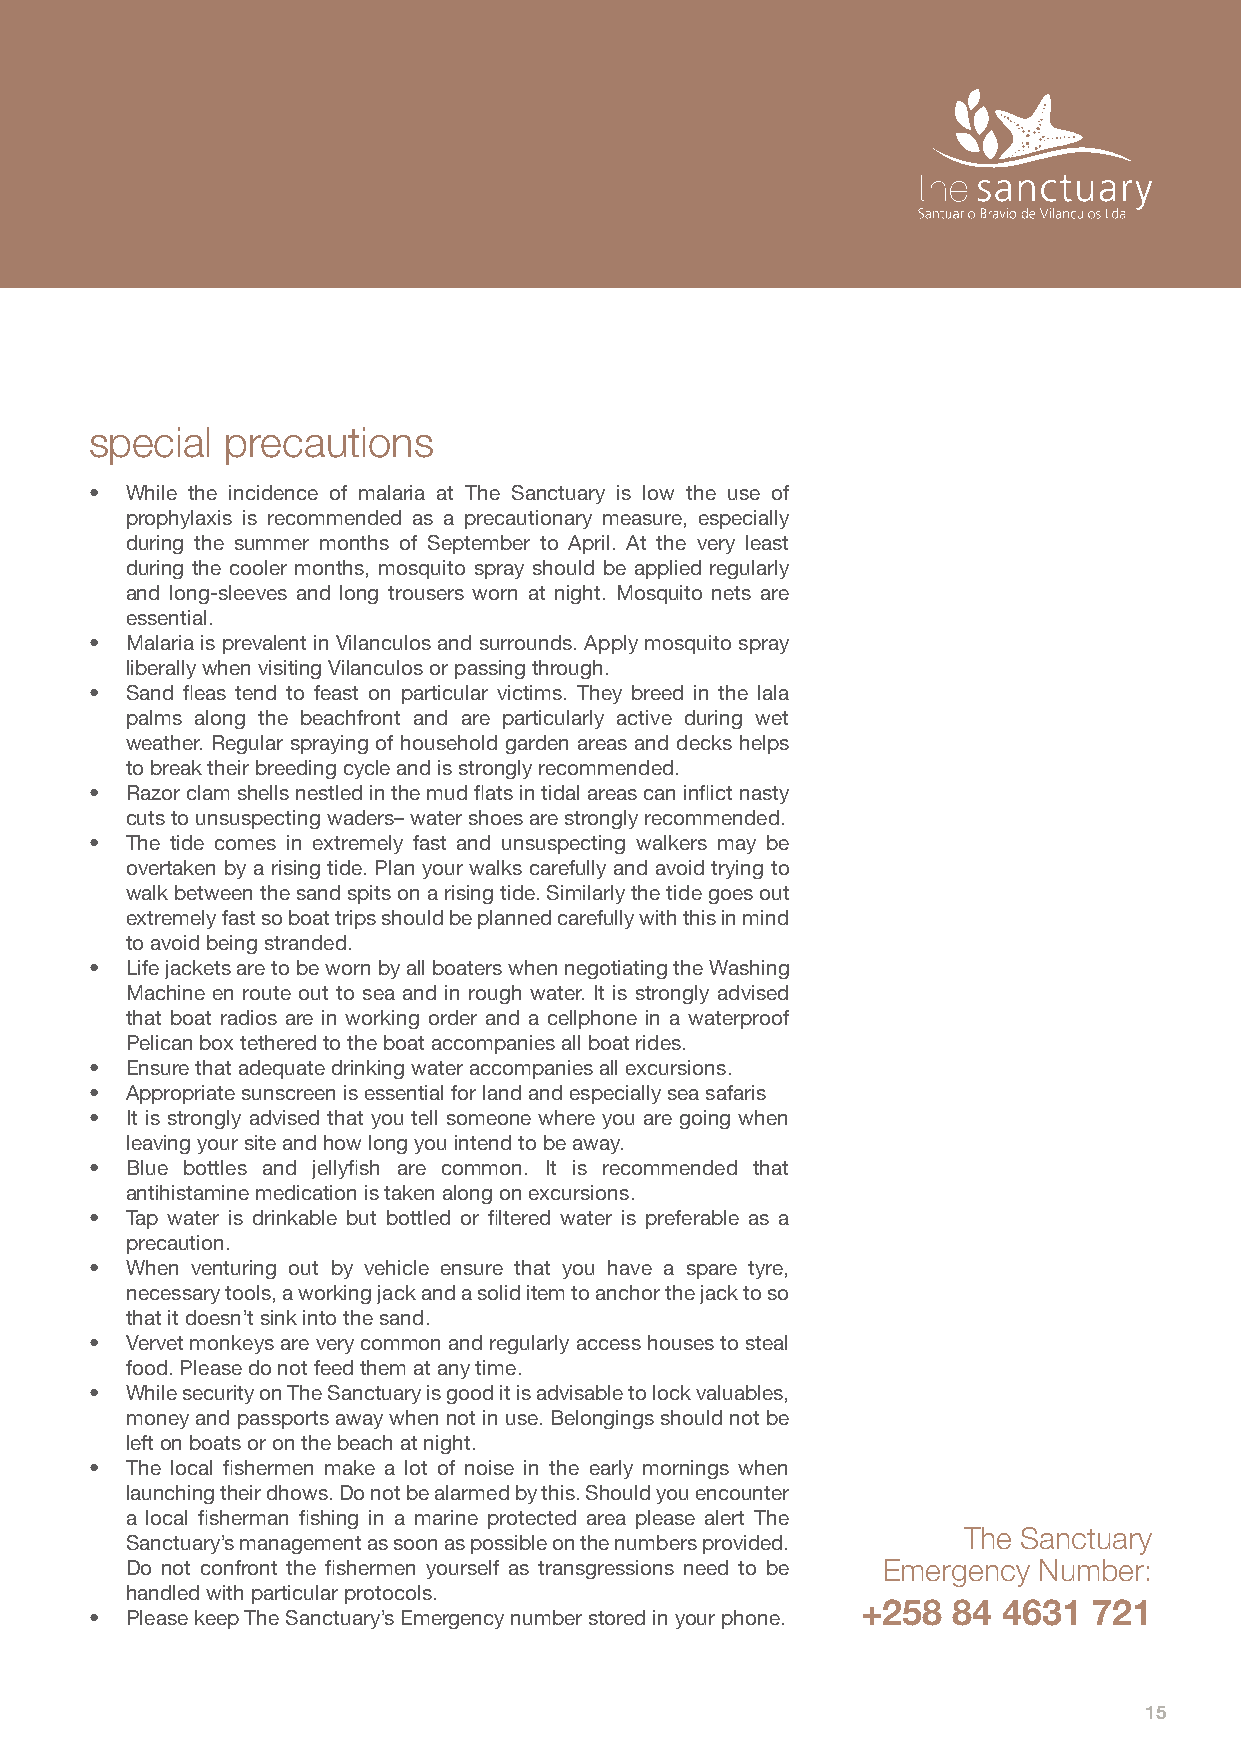
special  precautions
 • While the incidence of malaria at The Sanctuary is low the use of
 prophylaxis is recommended as a precautionary measure, especially
 during the summer months of September to April. At the very least
 during the cooler months, mosquito spray should be applied regularly
 and long-sleeves and long trousers worn at night. Mosquito nets are
 essential.
 • Malaria is prevalent in Vilanculos and surrounds. Apply mosquito spray
 liberally when visiting Vilanculos or passing through.
 • Sand fleas tend to feast on particular victims. They breed in the lala
 palms along the beachfront and are particularly active during wet
 weather. Regular spraying of household garden areas and decks helps
 to break their breeding cycle and is strongly recommended.
 • Razor clam shells nestled in the mud flats in tidal areas can inflict nasty
 cuts to unsuspecting waders– water shoes are strongly recommended.
 • The tide comes in extremely fast and unsuspecting walkers may be
 overtaken by a rising tide. Plan your walks carefully and avoid trying to
 walk between the sand spits on a rising tide. Similarly the tide goes out
 extremely fast so boat trips should be planned carefully with this in mind
 to avoid being stranded.
 • Life jackets are to be worn by all boaters when negotiating the Washing
 Machine en route out to sea and in rough water. It is strongly advised
 that boat radios are in working order and a cellphone in a waterproof
 Pelican box tethered to the boat accompanies all boat rides.
 • Ensure that adequate drinking water accompanies all excursions.
 • Appropriate sunscreen is essential for land and especially sea safaris
 • It is strongly advised that you tell someone where you are going when
 leaving your site and how long you intend to be away.
 • Blue bottles and jellyfish are common. It is recommended that
 antihistamine medication is taken along on excursions.
 • Tap water is drinkable but bottled or filtered water is preferable as a
 precaution.
 • When venturing out by vehicle ensure that you have a spare tyre,
 necessary tools, a working jack and a solid item to anchor the jack to so
 that it doesn’t sink into the sand.
 • Vervet monkeys are very common and regularly access houses to steal
 food. Please do not feed them at any time.
 • While security on The Sanctuary is good it is advisable to lock valuables,
 money and passports away when not in use. Belongings should not be
 left on boats or on the beach at night.
 • The local fishermen make a lot of noise in the early mornings when
 launching their dhows. Do not be alarmed by this. Should you encounter
 a local fisherman fishing in a marine protected area please alert The
 The Sanctuary
 Sanctuary’s management as soon as possible on the numbers provided.
 Do not confront the fishermen yourself as transgressions need to be Emergency Number:
 handled with particular protocols.
 +258  84 4631  721
 • Please keep The Sanctuary’s Emergency number stored in your phone.
 15